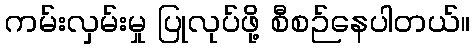
ကမ်းလှမ်းမှု ပြုလုပ်ဖို့ စီစဉ်နေပါတယ်။